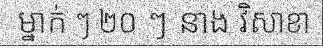
ម្នាក់ ៗ ២០ ៗ នាង វិសាខា